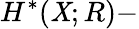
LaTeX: H^{\ast}(\mathit{X};R)-